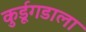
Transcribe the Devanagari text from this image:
कुर्डूगडाला